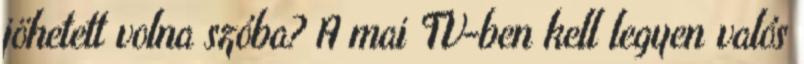
jöhetett volna szóba? A mai TV-ben kell legyen valós